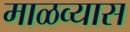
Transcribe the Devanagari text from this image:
माळव्यास